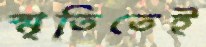
স্মৃতিতেই